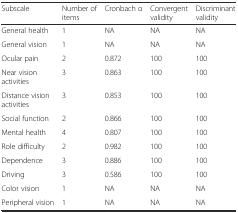
<table><thead><tr><td><b>Subscale</b></td><td><b>Number of items</b></td><td><b>Cronbach α</b></td><td><b>Convergent validity</b></td><td><b>Discriminant validity</b></td></tr></thead><tbody><tr><td>General health</td><td>1</td><td>NA</td><td>NA</td><td>NA</td></tr><tr><td>General vision</td><td>1</td><td>NA</td><td>NA</td><td>NA</td></tr><tr><td>Ocular pain</td><td>2</td><td>0.872</td><td>100</td><td>100</td></tr><tr><td>Near vision activities</td><td>3</td><td>0.863</td><td>100</td><td>100</td></tr><tr><td>Distance vision activities</td><td>3</td><td>0.853</td><td>100</td><td>100</td></tr><tr><td>Social function</td><td>2</td><td>0.866</td><td>100</td><td>100</td></tr><tr><td>Mental health</td><td>4</td><td>0.807</td><td>100</td><td>100</td></tr><tr><td>Role difficulty</td><td>2</td><td>0.982</td><td>100</td><td>100</td></tr><tr><td>Dependence</td><td>3</td><td>0.886</td><td>100</td><td>100</td></tr><tr><td>Driving</td><td>3</td><td>0.586</td><td>100</td><td>100</td></tr><tr><td>Color vision</td><td>1</td><td>NA</td><td>NA</td><td>NA</td></tr><tr><td>Peripheral vision</td><td>1</td><td>NA</td><td>NA</td><td>NA</td></tr></tbody></table>